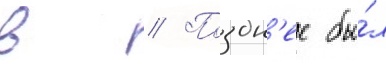
в // Поздн'ее бы́л